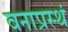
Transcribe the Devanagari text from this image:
वनाप्रस्थं